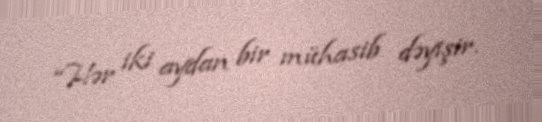
“Hər iki aydan bir mühasib dəyişir.